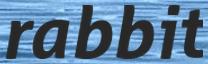
rabbit